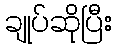
ချုပ်ဆိုပြီး